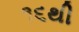
૧૬થી